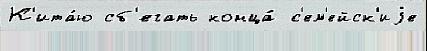
К'ита́ю сб'егать конца́ с'ем'ейск'иjе